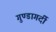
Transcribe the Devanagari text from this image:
गुण्डागर्दी